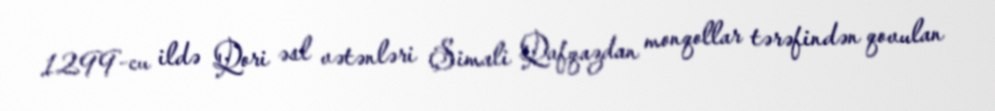
1299-cu ildə Qori əsl vətənləri Şimali Qafqazdan monqollar tərəfindən qovulan